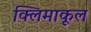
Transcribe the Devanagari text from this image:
क्लिमाकूल